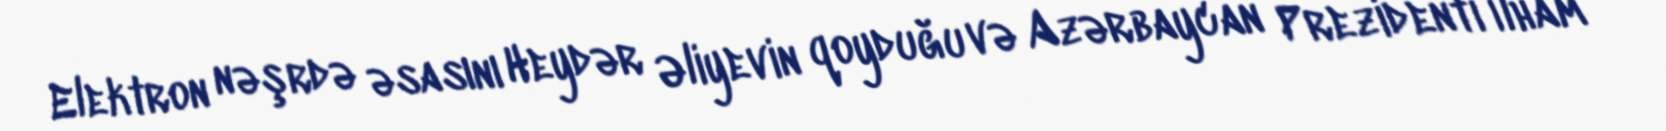
Elektron nəşrdə əsasını Heydər Əliyevin qoyduğu və Azərbaycan Prezidenti İlham